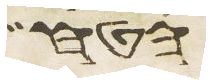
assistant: הטח